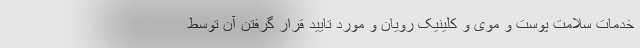
خدمات سلامت پوست و موی و کلینیک رویان و مورد تایید قرار گرفتن آن توسط